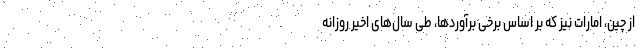
از چین، امارات نیز که بر اساس برخی برآوردها، طی سال‌های اخیر روزانه